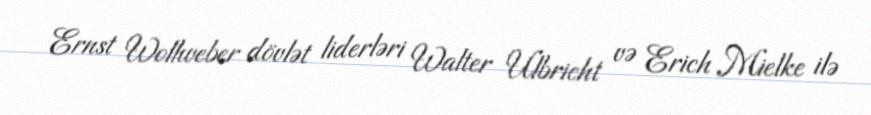
Ernst Wollweber dövlət liderləri Walter Ulbricht və Erich Mielke ilə